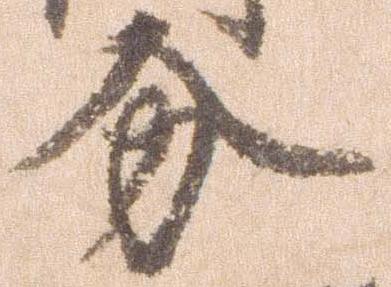
分